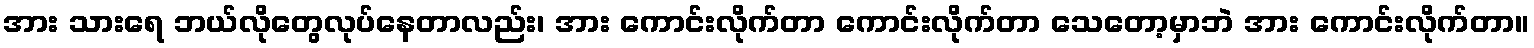
အား သားရေ ဘယ်လိုတွေလုပ်နေတာလည်း၊ အား ကောင်းလိုက်တာ ကောင်းလိုက်တာ သေတော့မှာဘဲ အား ကောင်းလိုက်တာ။